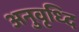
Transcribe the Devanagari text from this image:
अनुवृध्दि